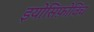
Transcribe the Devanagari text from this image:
इयोसिफ़ोविच